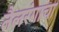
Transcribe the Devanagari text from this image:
तैलरंगाचा